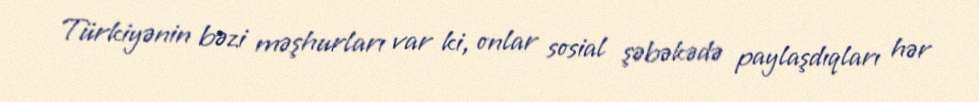
Türkiyənin bəzi məşhurları var ki, onlar sosial şəbəkədə paylaşdıqları hər